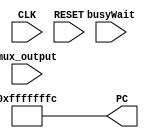
module programeCounter(CLK,RESET,mux_output,PC,busyWait);
input CLK,RESET,busyWait;
input [31:0] mux_output;
output [31:0] PC;
reg PC;


always @(RESET) begin   // To reset the PC
	    #1                               //pc write delay
		PC = -4;                      //initial pc value assigned at reset
	end
	
	
always @(posedge CLK) begin   
    #1                            //pc write delay
    if(!busyWait)begin            //update the pc only when busywait is 0
        PC = mux_output;          //pc updated with new value
    end
end
endmodule